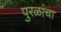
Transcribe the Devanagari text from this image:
पुरळांचा